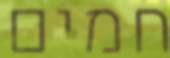
חמים